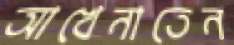
আখেনাতেন